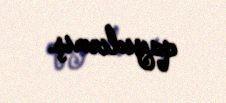
qayıdırmış.